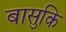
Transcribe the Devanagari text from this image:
बासुकि